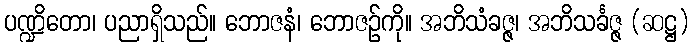
ပဏ္ဍိတော၊ ပညာရှိသည်။ ဘောဇနံ၊ ဘောဇဉ်ကို။ အဘိသံခဇ္ဇ၊ အဘိသင်္ခဇ္ဇ (ဆဋ္ဌ)